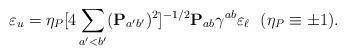
LaTeX: \begin{align*}\varepsilon_u=\eta_P [4\sum_{a'<b'}({\bf P}_{a'b'})^2]^{-1/2}{\bf P}_{ab} \gamma^{ab}\varepsilon_{\ell}\ \ (\eta_{P} \equiv \pm 1).\end{align*}